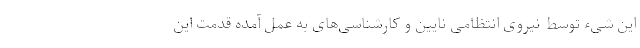
این شیء توسط نیروی انتظامی نایین و کارشناسی‌های به عمل آمده قدمت این